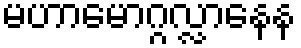
မဟာမောဂ္ဂလ္လာနေန